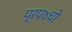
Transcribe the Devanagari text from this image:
प्रप४चो